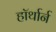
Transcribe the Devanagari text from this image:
हॉर्थार्न